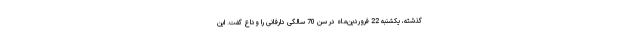
گذشته، یکشنبه 22 فروردین‌ماه در سن 70 سالگی دارفانی را وداع گفت. این